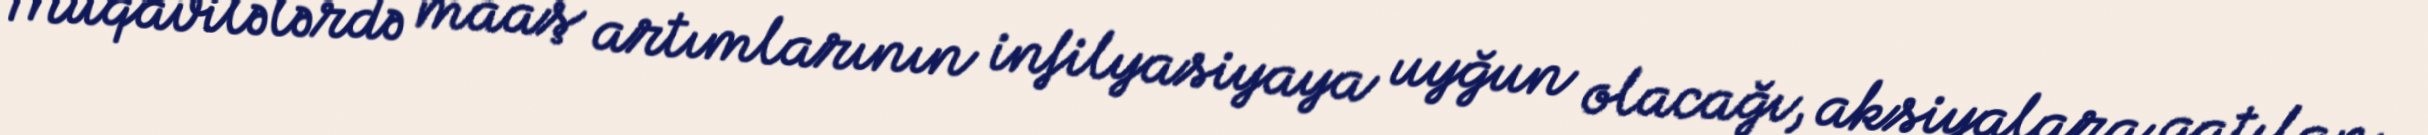
Müqavilələrdə maaş artımlarının infilyasiyaya uyğun olacağı, aksiyalara qatılan